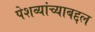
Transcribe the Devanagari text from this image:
पेशव्यांच्याबद्दल